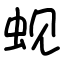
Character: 蚬